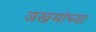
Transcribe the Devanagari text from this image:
जखमांच्या